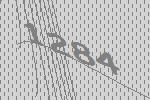
1284